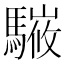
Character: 𩥘